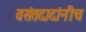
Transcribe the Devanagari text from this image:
वसंतदादांनीच